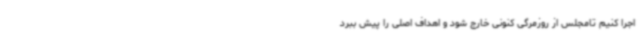
اجرا کنیم تامجلس از روزمرگی کنونی خارج شود و اهداف اصلی را پیش ببرد